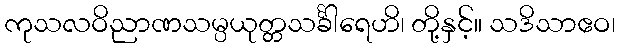
ကုသလဝိညာဏသမ္ပယုတ္တသင်္ခါရေဟိ၊ တို့နှင့်။ သဒိသာဧဝ၊